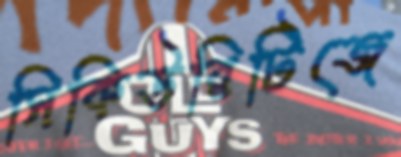
সিকিউরিটিজে